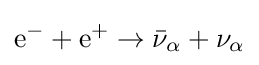
\mathrm {e} ^{-}+\mathrm {e} ^{+}\rightarrow {\bar {\nu }}_{\alpha }+\nu _{\alpha }